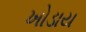
ખોડાય